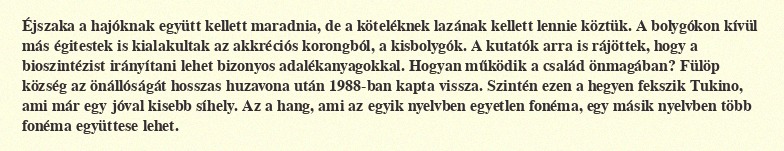
Éjszaka a hajóknak együtt kellett maradnia, de a köteléknek lazának kellett lennie köztük. A bolygókon kívül más égitestek is kialakultak az akkréciós korongból, a kisbolygók. A kutatók arra is rájöttek, hogy a bioszintézist irányítani lehet bizonyos adalékanyagokkal. Hogyan működik a család önmagában? Fülöp község az önállóságát hosszas huzavona után 1988-ban kapta vissza. Szintén ezen a hegyen fekszik Tukino, ami már egy jóval kisebb síhely. Az a hang, ami az egyik nyelvben egyetlen fonéma, egy másik nyelvben több fonéma együttese lehet.